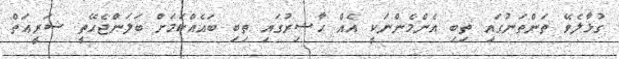
ގުޅާލެވޭ ތަންތަނުގައި ތިބި އެންމެންނަކީ އެއް ޙާޟިރުގައި ތިބި ބައެއްކަމަށް ބަލަންޖެހޭތީ ޝަރީޢަތް